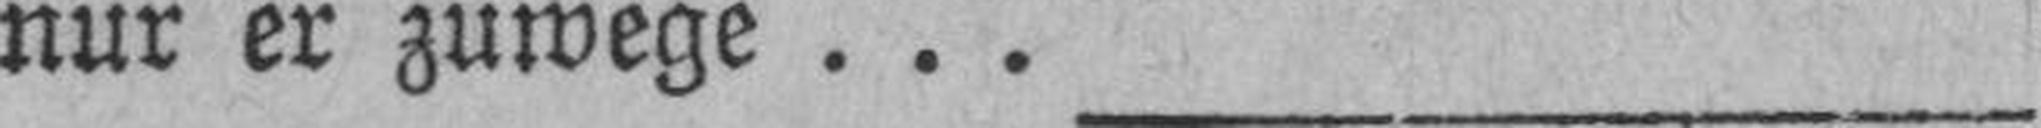
nur er zuwege ...